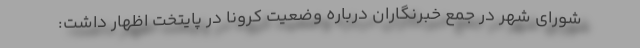
شورای شهر در جمع خبرنگاران درباره وضعیت کرونا در پایتخت اظهار داشت: